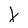
Character: x